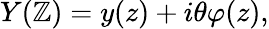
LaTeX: Y(\mathbb{Z})=y(z)+i\theta\varphi(z),